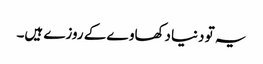
یہ تو دنیا دکھاوے کے روزے ہیں۔